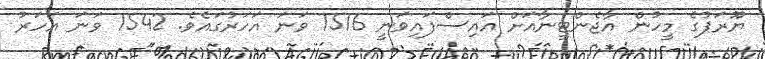
ޔޫރަޕުގެ މީހުން އާޖެންޓީނާއަށް އައިސްފައިވަނީ 1516 ވަނަ އަހަރުގައެވެ. 1542 ވަނަ އަހަރު